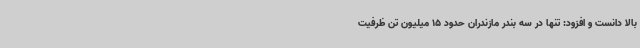
بالا دانست و افزود: تنها در سه بندر مازندران حدود 15 میلیون تن ظرفیت